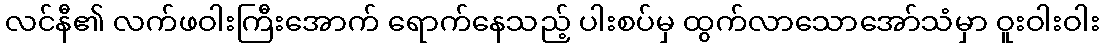
လင်နီ၏ လက်ဖဝါးကြီးအောက် ရောက်နေသည့် ပါးစပ်မှ ထွက်လာသောအော်သံမှာ ဝူးဝါးဝါး